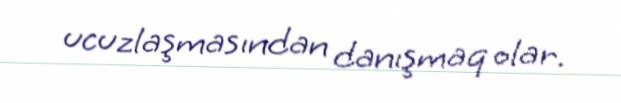
ucuzlaşmasından danışmaq olar.